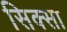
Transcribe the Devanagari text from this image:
सिक्सा